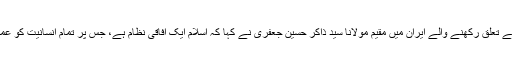
جموں پونچھ سے تعلق رکھنے والے ایران میں مقیم مولانا سید ذاکر حسین جعفری نے کہا کہ اسلام ایک آفاقی نظام ہے، جس پر تمام انسانیت کو عمل پیرا ہونا ہے۔